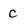
Character: c